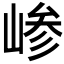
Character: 𫶅